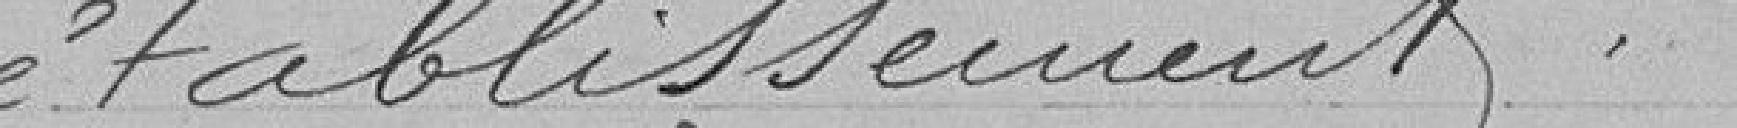
établissement.